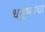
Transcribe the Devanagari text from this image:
धनुष्यांचा